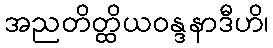
အညတိတ္ထိယဝန္ဒနာဒီဟိ၊